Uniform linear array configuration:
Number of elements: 4
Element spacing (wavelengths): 0.75
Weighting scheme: exponential
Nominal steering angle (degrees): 0
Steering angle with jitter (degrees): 0.8168
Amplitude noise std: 0.05
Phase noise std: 0.05

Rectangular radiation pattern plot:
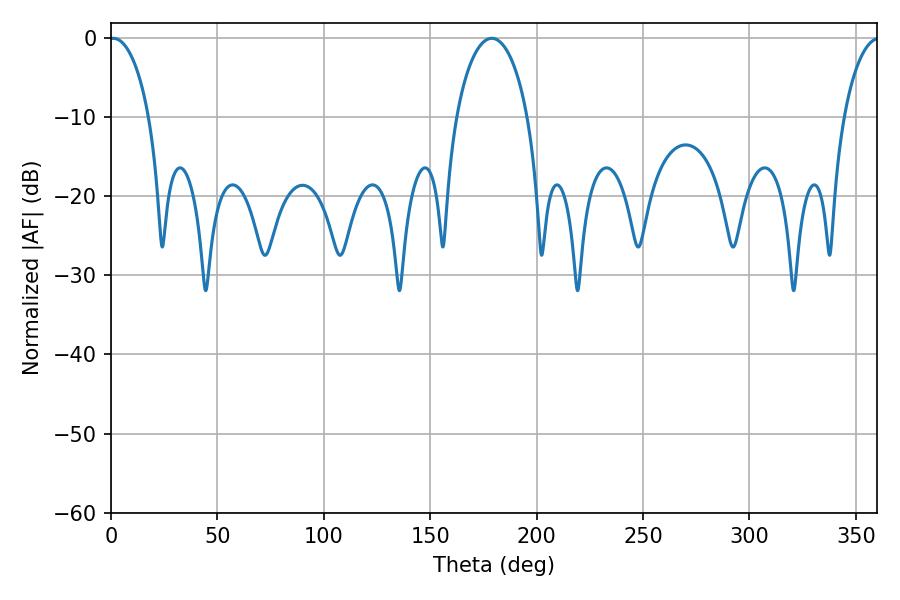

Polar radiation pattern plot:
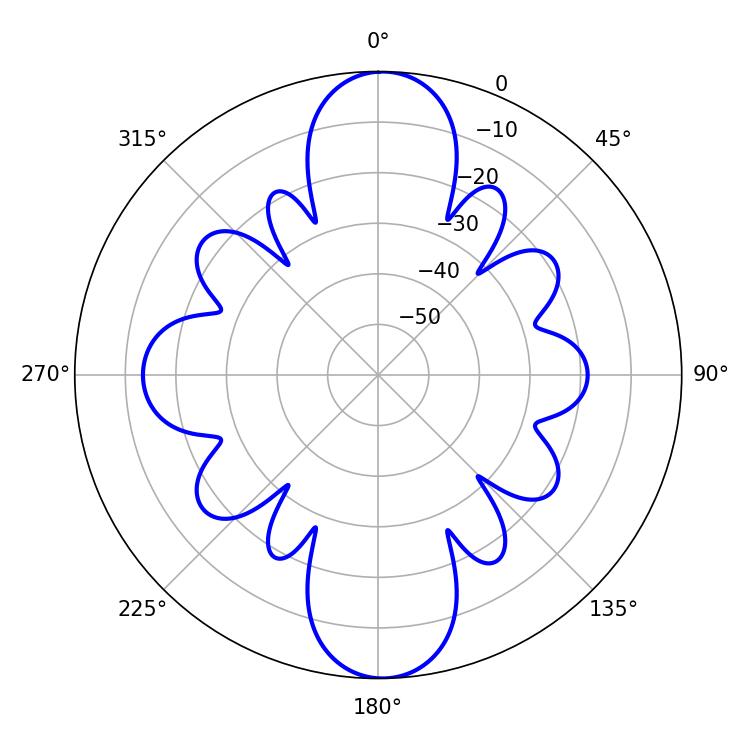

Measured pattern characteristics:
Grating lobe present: TRUE
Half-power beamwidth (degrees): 19.08
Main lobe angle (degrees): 178.92